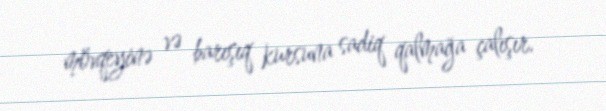
mövqeyinə və barışıq kursuna sadiq qalmağa çalışır.